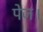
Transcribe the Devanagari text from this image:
पेज।